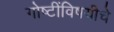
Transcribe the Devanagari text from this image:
गोष्टींविषयीचे